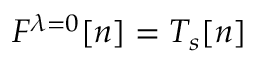
F ^ { \lambda = 0 } [ n ] = T _ { s } [ n ]